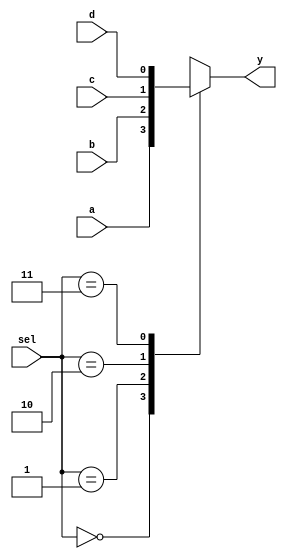
module mux_without_default (a,b,c,d,sel,y);
input a, b, c, d; 
input [1:0] sel; 
output y; 

reg y;

always @ (a or b or c or d or sel) 
case (sel) 
  0 : y = a; 
  1 : y = b; 
  2 : y = c; 
  3 : y = d; 
  2'bxx,2'bx0,2'bx1,2'b0x,2'b1x,
  2'bzz,2'bz0,2'bz1,2'b0z,2'b1z : $display("Error in SEL");
endcase 

endmodule